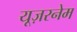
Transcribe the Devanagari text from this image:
यूज़रनेम